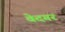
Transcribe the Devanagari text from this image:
वेदगर